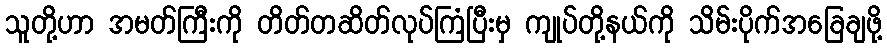
သူတို့ဟာ အမတ်ကြီးကို တိတ်တဆိတ်လုပ်ကြံပြီးမှ ကျုပ်တို့နယ်ကို သိမ်းပိုက်အခြေချဖို့